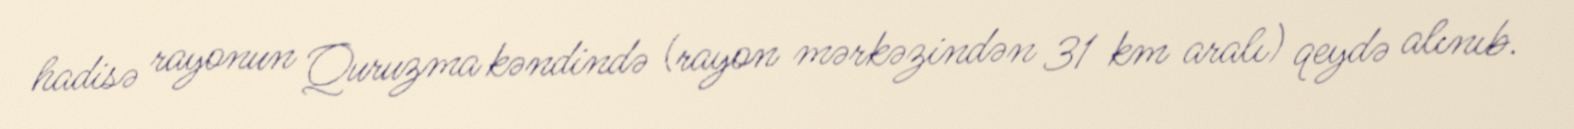
hadisə rayonun Quruzma kəndində (rayon mərkəzindən 31 km aralı) qeydə alınıb.